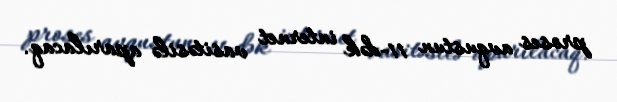
proses avqustun 11-dək internet vasitəsilə aparılacaq.